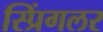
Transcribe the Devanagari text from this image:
स्प्रिंगलर